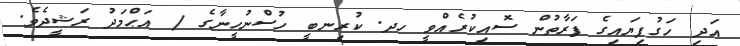
އަދި ހަގުފިޔައިގެ ފަރާތުން ސޮއިކުރެއްވީ ހދ. ކުރިނބީ ހުސްނުހީނާގެ / އަޙްމަދު ރަޝީދެވެ.